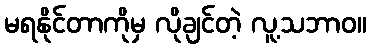
မရနိုင်တာကိုမှ လိုချင်တဲ့ လူ့သဘာဝ။